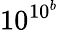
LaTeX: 10^{10^{b}}